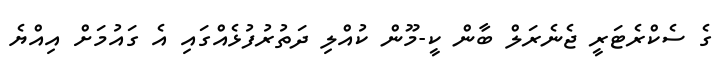
ގެ ސެކްރެޓަރީ ޖެނެރަލް ބާން ކީ-މޫން ކުއްލި ދަތުރުފުޅެއްގައި އެ ގައުމަށް އިއްޔެ